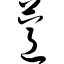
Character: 薏